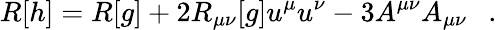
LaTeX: R[h]=R[g]+2R_{\mu\nu}[g]u^{\mu}u^{\nu}-3A^{\mu\nu}A_{\mu\nu}~~~.